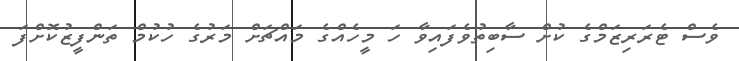
ވެސް ޓެރަރިޒަމްގެ ކުށް ސާބިތުވެފައިވާ ހަ މީހެއްގެ މައްޗަށް މަރުގެ ހުކުމް ތަންފީޒުކޮށްފަ